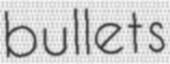
bullets